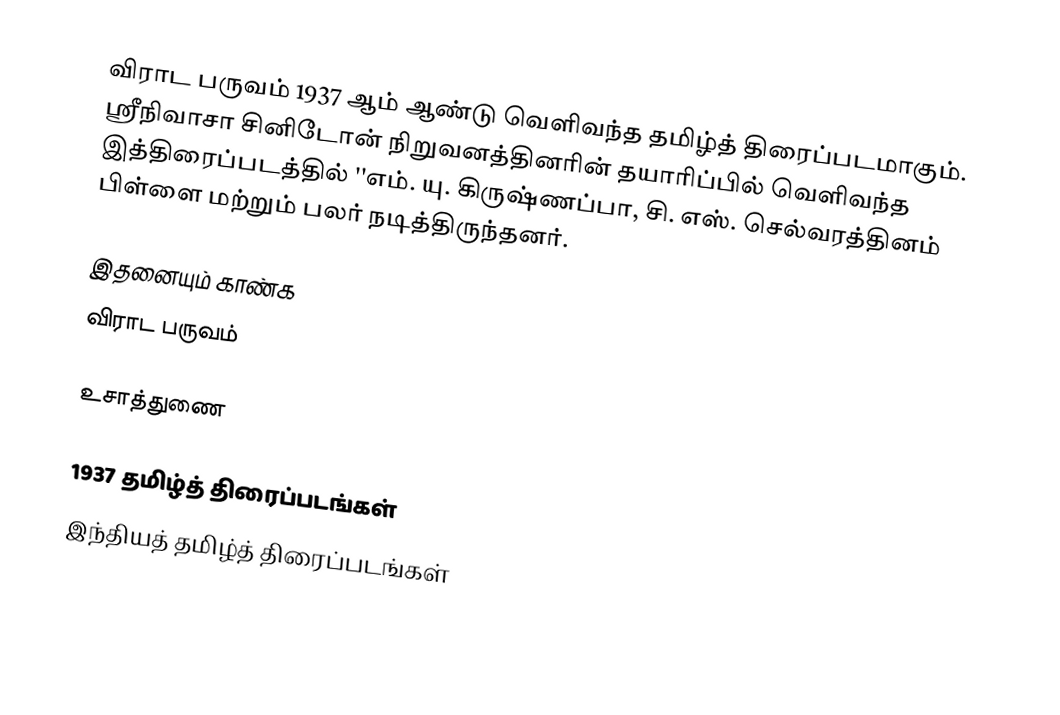
விராட பருவம் 1937 ஆம் ஆண்டு வெளிவந்த தமிழ்த் திரைப்படமாகும். ஸ்ரீநிவாசா சினிடோன் நிறுவனத்தினரின் தயாரிப்பில் வெளிவந்த இத்திரைப்படத்தில் ''எம். யு. கிருஷ்ணப்பா, சி. எஸ். செல்வரத்தினம் பிள்ளை மற்றும் பலர் நடித்திருந்தனர்.

இதனையும் காண்க
 விராட பருவம்

உசாத்துணை

1937 தமிழ்த் திரைப்படங்கள்
இந்தியத் தமிழ்த் திரைப்படங்கள்